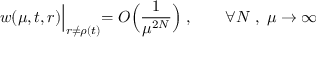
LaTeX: w ( \mu , t , r ) \Bigl | _ { r \ne \rho ( t ) } = O \Bigl ( \frac { 1 } { \mu ^ { 2 N } } \Bigr ) \; , \qquad \forall N \; , \; \mu \to \infty